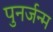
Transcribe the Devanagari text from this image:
पुनर्जन्‍म